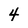
Character: 4